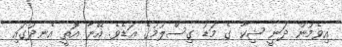
އިވެމުން ދަނީ ޝިކާ ގެ މަޑު ގިސްލުމުގެ އަޑެވެ. އޭނާ އޮތީ އެނދުގައި